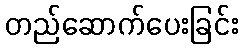
တည်ဆောက်ပေးခြင်း